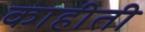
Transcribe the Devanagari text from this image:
काहीती